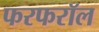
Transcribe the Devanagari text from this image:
फरफरॉल